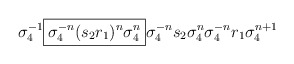
\begin{align*} \sigma_4^{-1} \boxed{ \sigma_4^{-n}(s_2 r_1)^n \sigma_4^{n}} \sigma_4^{-n} s_2 \sigma_4^{n} \sigma_4^{-n} r_1 \sigma_4^{n+1} \end{align*}